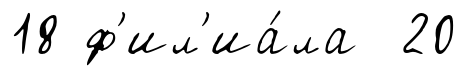
18 ф'ил'иа́ла 20